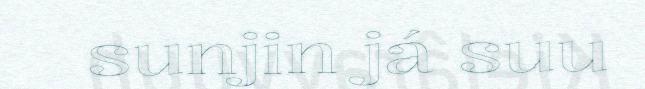
sunjin já suu